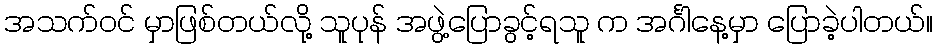
အသက်ဝင် မှာဖြစ်တယ်လို့ သူပုန် အဖွဲ့ပြောခွင့်ရသူ က အင်္ဂါနေ့မှာ ပြောခဲ့ပါတယ်။